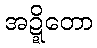
အဍ္ဍိတော